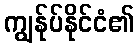
ကျွန်ုပ်နိုင်ငံ၏